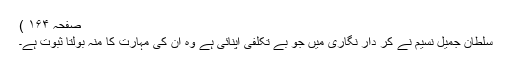
صفحہ ۱۶۴ )
سلطان جمیل نسیم نے کر دار نگاری میں جو بے تکلفی اپنائی ہے وہ ان کی مہارت کا منہ بولتا ثبوت ہے۔